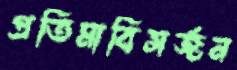
প্রতিমাবিসর্জন